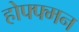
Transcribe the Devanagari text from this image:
होफ्फ्मन